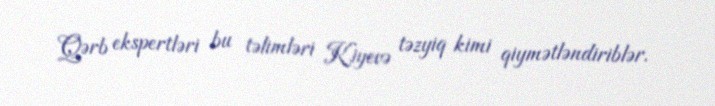
Qərb ekspertləri bu təlimləri Kiyevə təzyiq kimi qiymətləndiriblər.